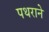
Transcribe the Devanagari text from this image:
पथराने